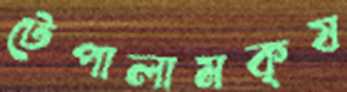
টেপালামকৃষ